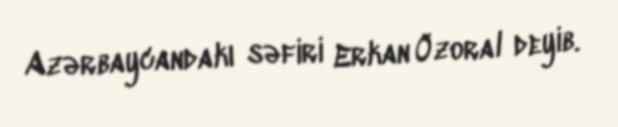
Azərbaycandakı səfiri Erkan Özoral deyib.